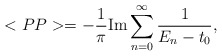
\begin{align*}<PP> = -\frac{1}{\pi } {\rm Im} \sum _{n=0}^{\infty} \frac{1}{E_{n} - t_{0}},\end{align*}